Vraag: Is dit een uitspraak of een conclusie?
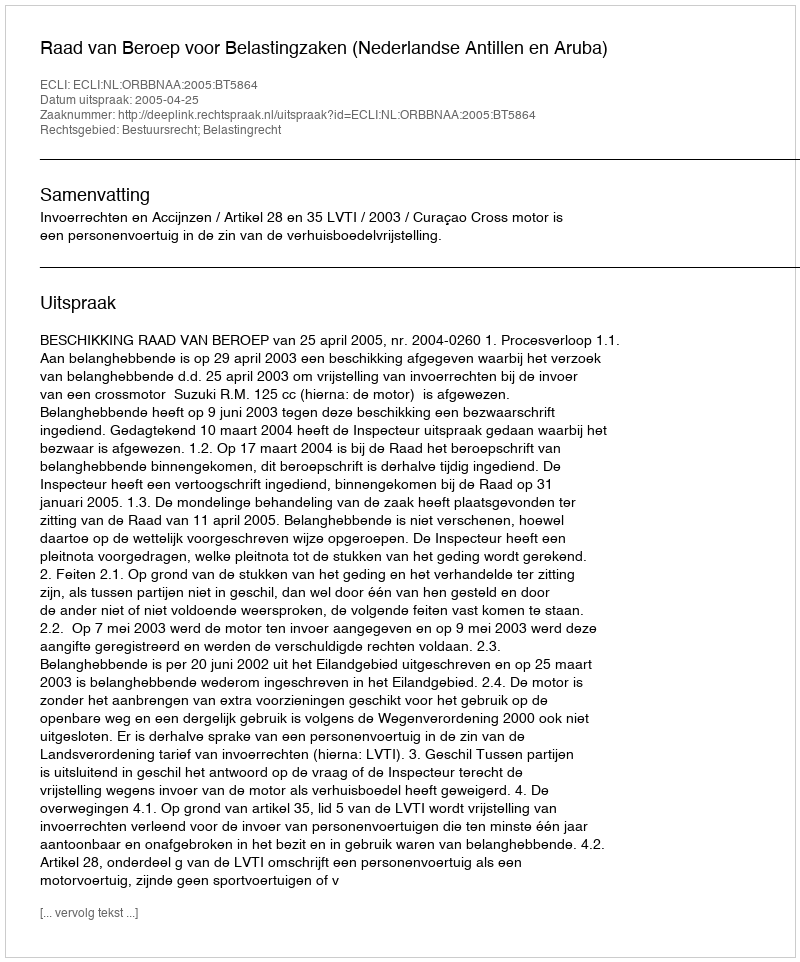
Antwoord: Uitspraak